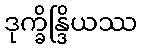
ဒုက္ခိန္ဒြိယဿ